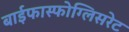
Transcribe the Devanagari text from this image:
बाईफास्फोग्लिसरेट